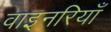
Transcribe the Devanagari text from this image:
वाइनरियाँ